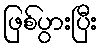
ဖြစ်ပွားပြီး